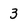
Character: 3